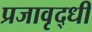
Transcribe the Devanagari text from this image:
प्रजावृद्धी